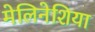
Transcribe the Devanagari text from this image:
मेलिनेशिया